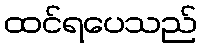
ထင်ရပေသည်